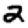
Digit: 2